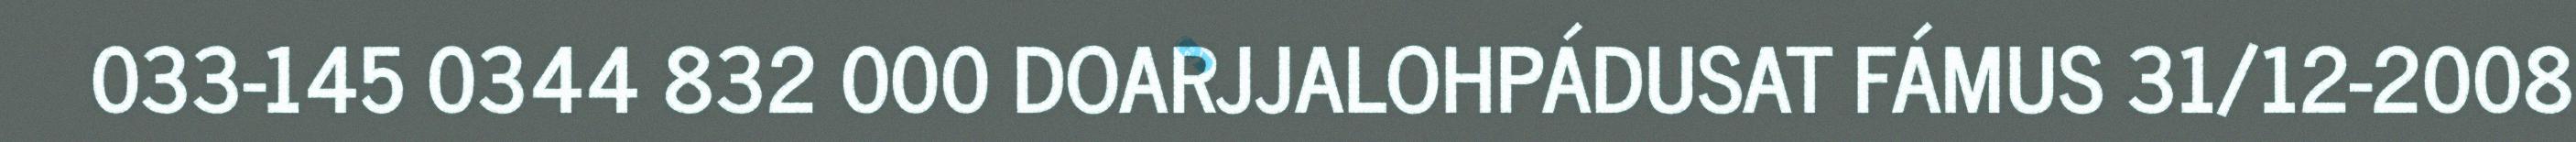
033-145 0344 832 000 DOARJJALOHPÁDUSAT FÁMUS 31/12-2008